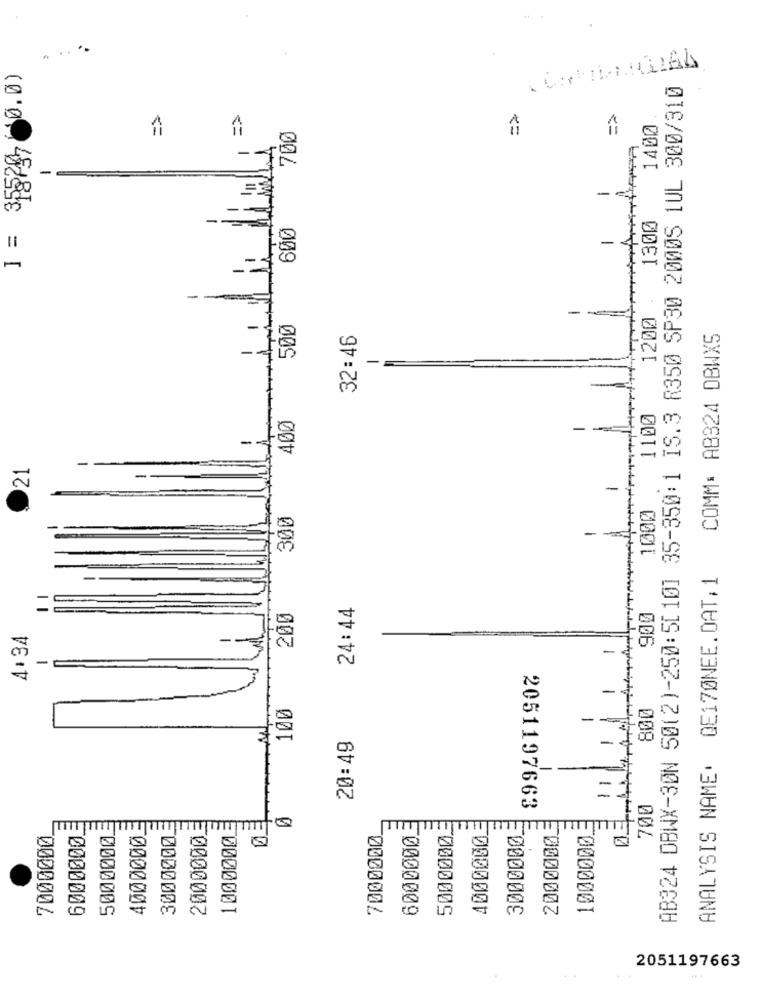
(0.0)
AB324 DBWX-3ØN 50(2)-250:5[ 10] 35-350:1 IS.3 R350 SP30 20005 1UL 300/310
=>
1400
700
355287
-
1300
600
1
-
1200
500
32:46
COMM: AB324 DBWX5
-
400
1100
21
-
1000
300
ANALYSIS NAME: QE170NEE.DAT;1
24:44
200
900
4:34
-
-
100
800
-
20:49
-
1
700
2051197663
1000000
4000000
20000003
7000000
6000000
5000000
4000000
3000000
2000000
7000000
6000000
5000000
3000000
1000000
2051197663